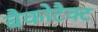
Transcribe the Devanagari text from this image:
बैकोटैक्ट